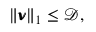
\begin{array} { r } { \| \pmb { \nu } \| _ { 1 } \leq \mathcal { D } , } \end{array}